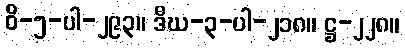
ဝိ-၅-ပါ-၂၉၃။ ဒီဃ-၃-ပါ-၂၁၈။ ဋ္ဌ-၂၂၈။